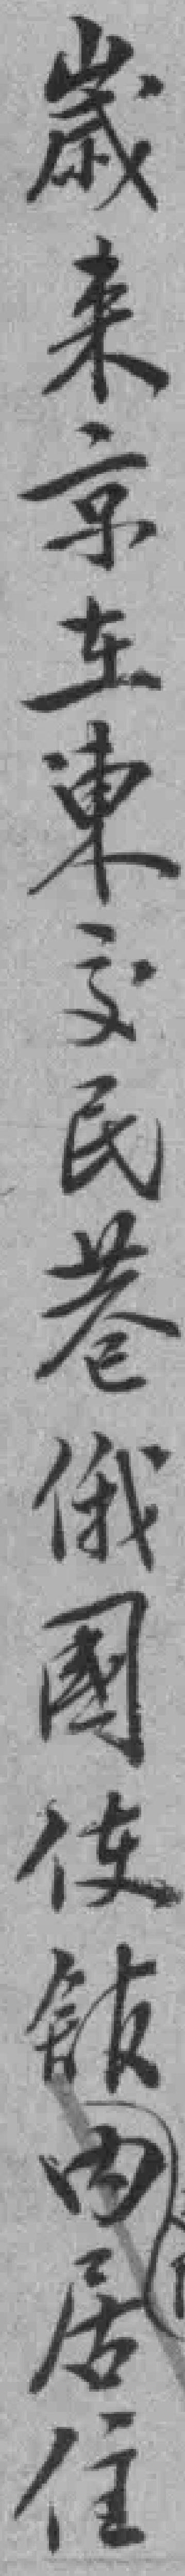
歲来京在東交民巷俄國使舘内居住